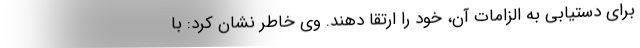
برای دستیابی به الزامات آن، خود را ارتقا دهند. وی خاطر نشان کرد: با